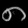
Digit: ၈